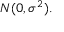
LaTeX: N ( 0 , \sigma ^ { 2 } ) .